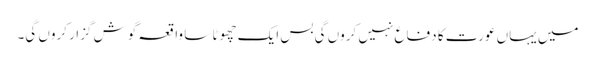
میں یہاں عورت کا دفاع نہیں کروں گی بس ایک چھوٹا سا واقعہ گوش گزار کروں گی۔